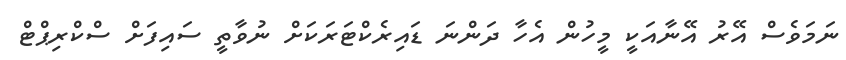
ނަމަވެސް އޭރު އޭނާއަކީ މީހުން އެހާ ދަންނަ ޑައިރެކްޓަރަކަށް ނުވާތީ ސައިފަށް ސްކްރިޕްޓް